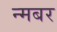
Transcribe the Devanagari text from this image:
न्मबर